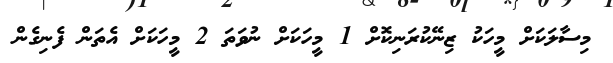
މިސާލަކަށް މީހަކު ޒިނޭކުރަނިކޮށް 1 މީހަކަށް ނުވަތަ 2 މީހަކަށް އެތަން ފެނިގެން